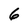
Character: 6